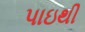
પાઇથી